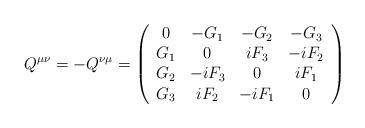
LaTeX: \begin{align*}Q^{\mu\nu}=-Q^{\nu\mu}=\left(\begin{array}[c]{cccc}0 & -G_{1} & -G_{2} & -G_{3}\\G_{1} & 0 & iF_{3} & -iF_{2}\\G_{2} & -iF_{3} & 0 & iF_{1}\\G_{3} & iF_{2} & -iF_{1} & 0\end{array}\right) \end{align*}